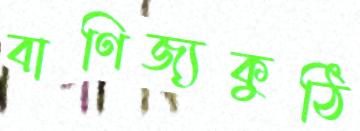
বাণিজ্যকুঠি